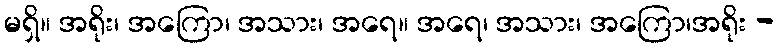
မရှိ။ အရိုး၊ အကြော၊ အသား၊ အရေ။ အရေ၊ အသား၊ အကြော၊အရိုး -